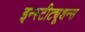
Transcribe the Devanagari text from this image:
इन्स्टीट्यूशन्स